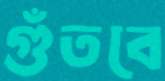
গুঁতবে